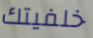
خلفيتك